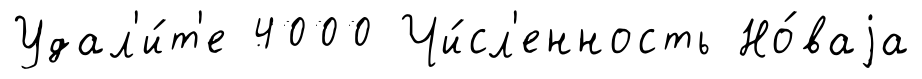
Удал'и́т'е 4000 Чи́сл'енность Но́ваjа